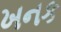
ખનક